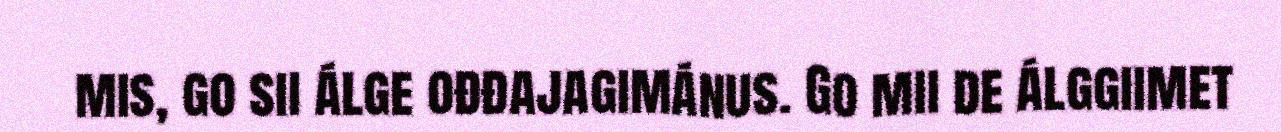
mis, go sii álge ođđajagimánus. Go mii de álggiimet